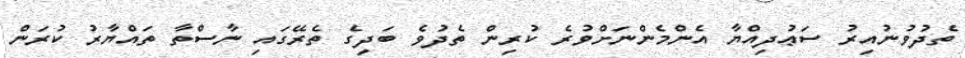
ތެދުވުނުއިރު ސަޢުދިއްޔާ އެންމެންނަށްވުރެ ކުރިން ތެދުވެ ބަދިގެ ތެރޭގައި ނާސްތާ ތައްޔާރު ކުރަން